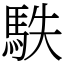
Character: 䭿